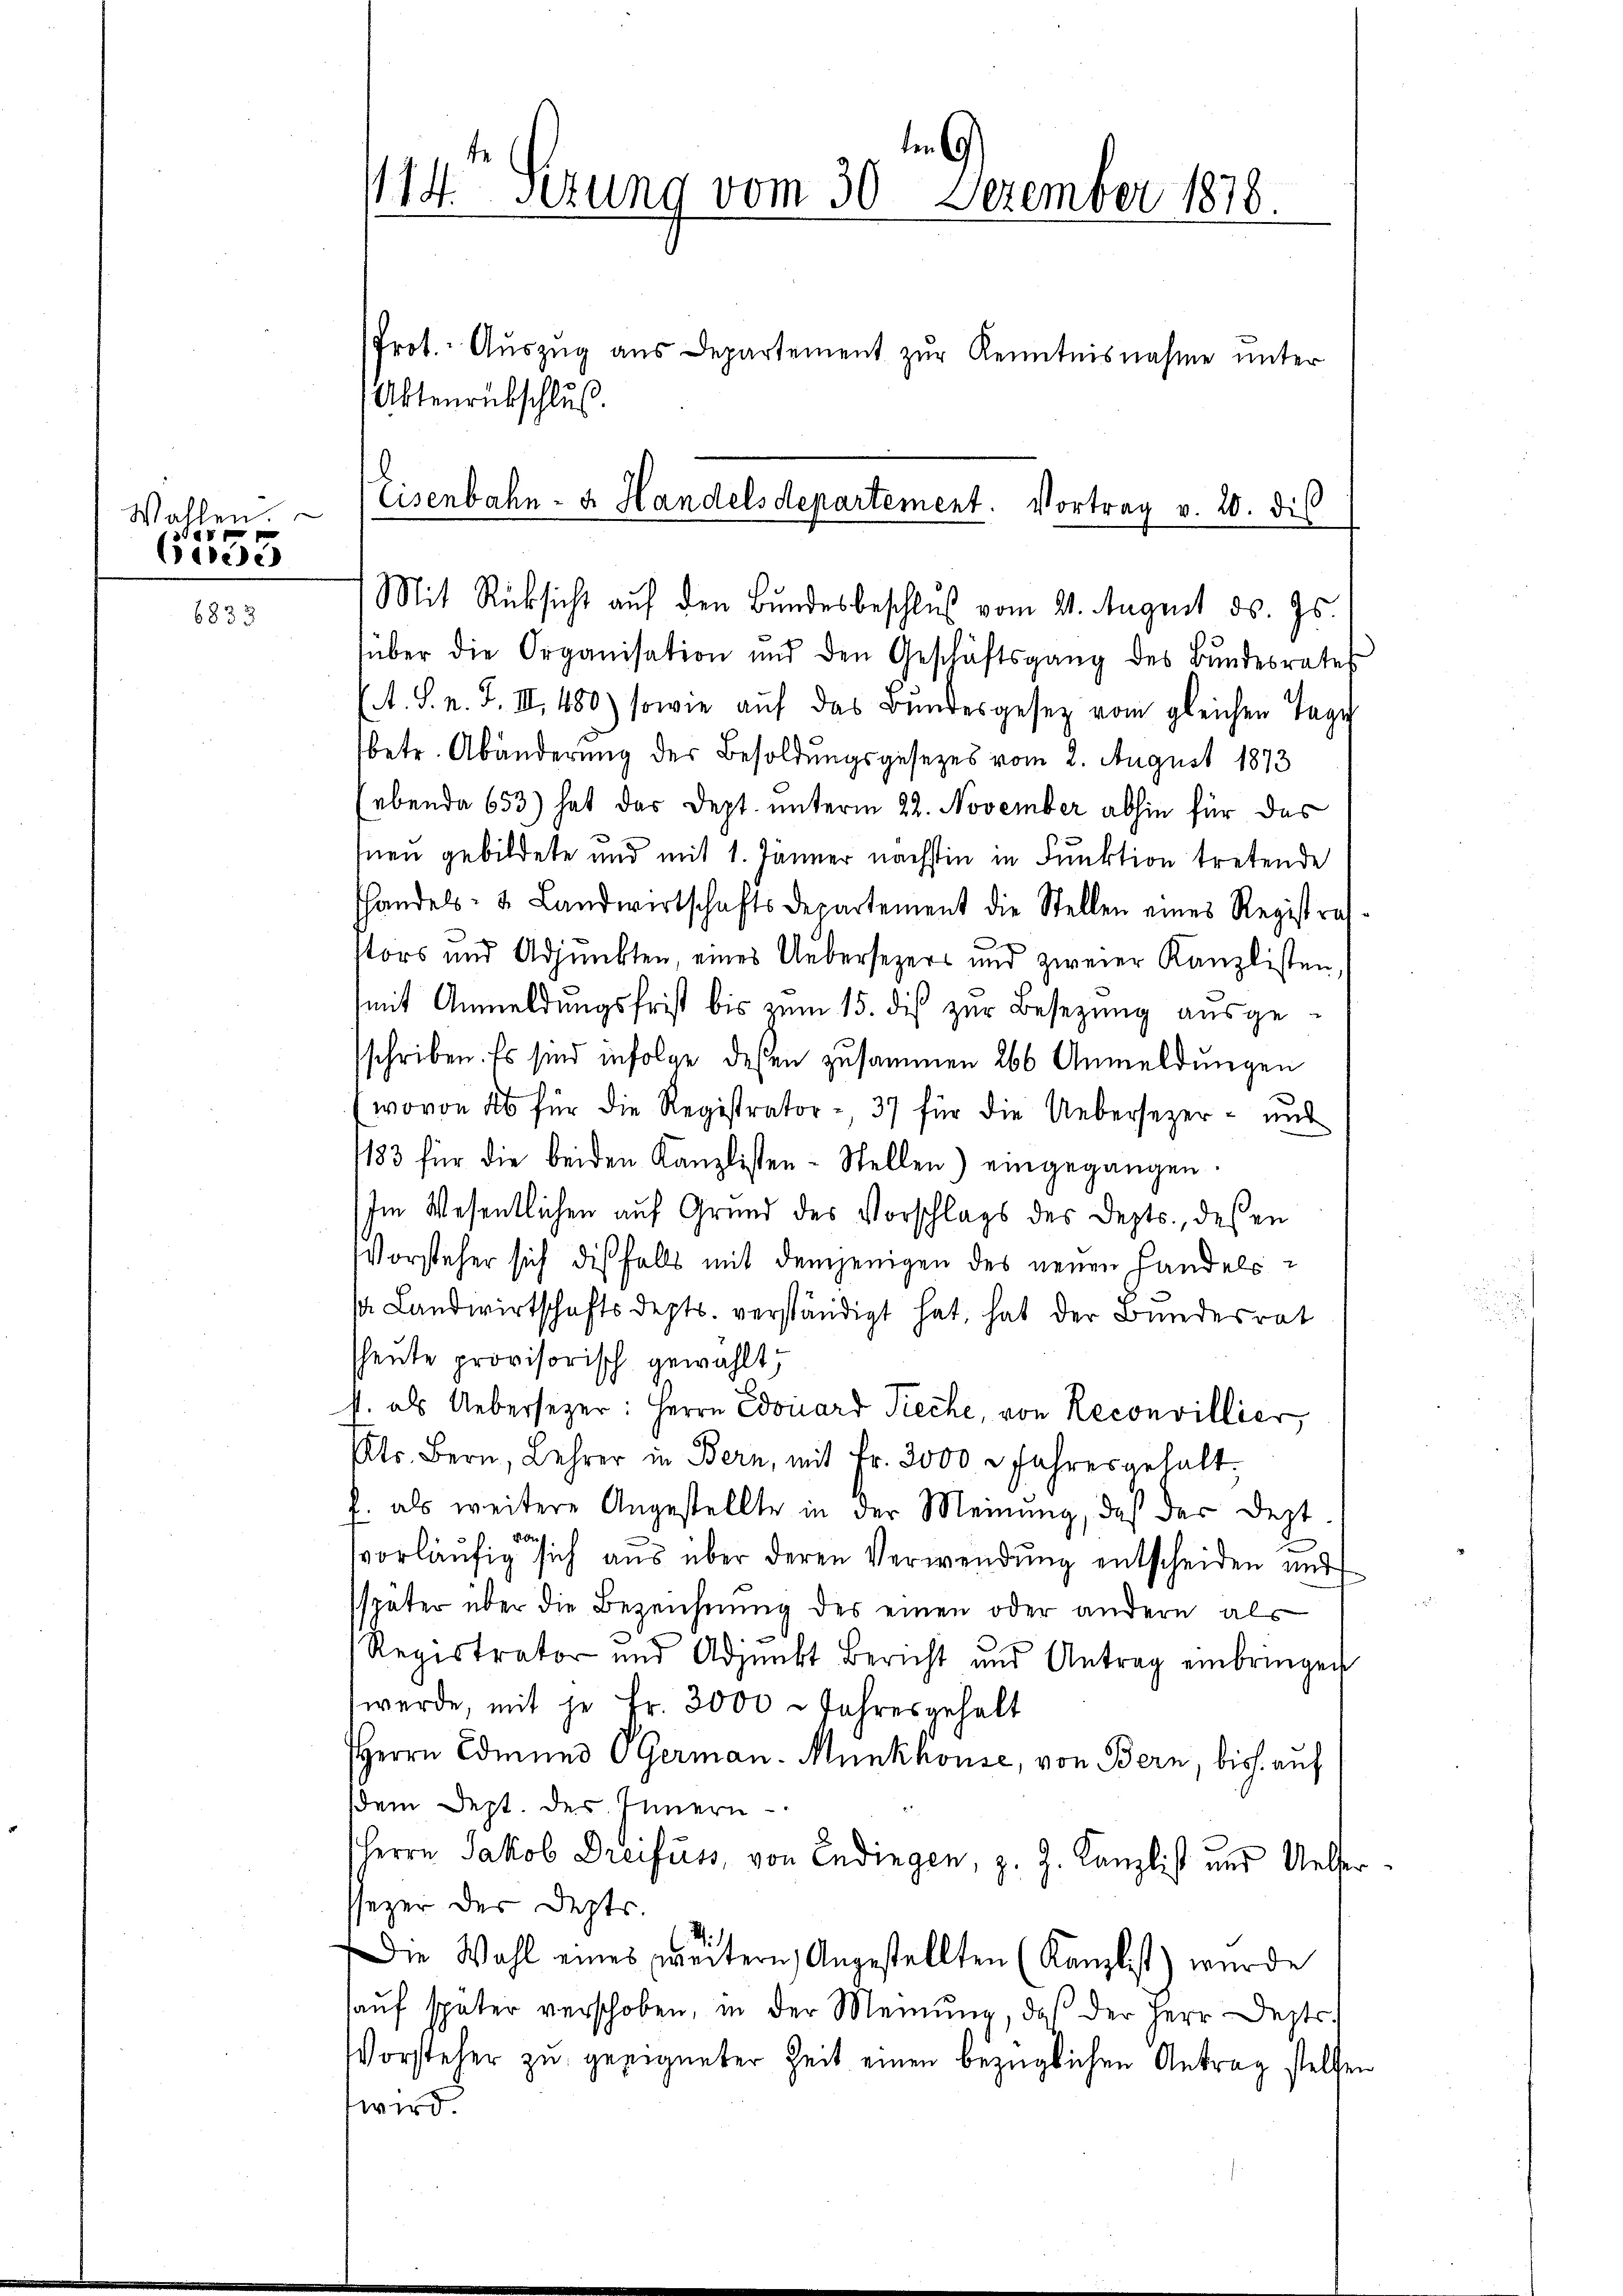
Wallen.

ede

Prot. Aŭszŭg aŭs Departement zŭr Kenntnisnahme unter
Aktenrückschluß
über die Organisation und den Geschäftsgang des Bundesrates
(A. S. n. F. II 480) sowie aŭf das Bundesgesetz vom gleichen Tage
betr. Abänderung der Besoldungsgesezes vom 2. August 1873
ebenda 653) hat das Dept. unterm 22. November abhin für das
nen gebildete und mit 1. Jänner nächsten in Funktion tretende
handels- u. Landwirtschaftsdepartement die Stellen eines Registraf
Nors und Adjunkten, eines Uebersezers und zweier Kanzlisten,
(mit Anmeldungsfrist bis zum 15. die zur Besezung ausgesschriben. Es sind infolge deßen zusammen 266 Anmeldungen
(wovon ab für die Registrator - 37 für die Uebersezer- und
183 für die beiden Kanzlisten-Stellen) eingegangen.
Im Wesentlichen auf Grund des Vorschlags des Depts, deßen
Vorsteher sich diesfalls mit demjenigen des neuen Handels-
sa Landwirtschaftsdepts. verständigt hat, hat der Bundesrat
heute provisorisch gewählt,
p. als Uebersezer: Herrn Edouard Pieche, von Reconvillier,
tr. Bern, Lehrer in Bern, mit Fr. 3000 . Jahresgehalt.
f. als weitere Angestellte in der Meinung, daß der Dept.
d
vorläufig sich aus über deren Verwendung entscheiden und
sspäter über die Bezeichnŭng des einen oder andern als
Registrator und Adjunkt Bericht und Antrag einbringen
werde, mit je Fr. 3000 - Jahresgehalt
HHerrn Edmund OGerman. Munkhouse, von Bern, bis auf
dem Dept. des Innern
HHerrn Jakob Dreifuss, von Endingen, z. Z. Kanzlist und Unter
seger der Depts.
Die Wahl eines weitern Angestellten (Kanzlist) wurde
aŭf später verschoben, in der Meinŭng, daß der Herr Deptr.
Vorsteher zu geeigneter Zeit einen bezüglichen Antrag stellen
wird.

ten C
114. sezung vom 30. Dezember 1878.

.
Eisenbahn- u. Handelsdepartement. Vortrag v. 20. dis
Mit Rücksicht auf den Bundesbeschluß vom 21. August ds. Js.